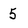
Character: 5